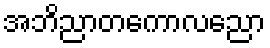
အဘိညာတကောလညော